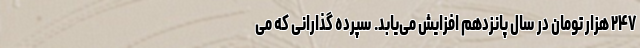
۲۴۷ هزار تومان در سال پانزدهم افزایش می‌یابد. سپرده گذارانی که می